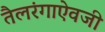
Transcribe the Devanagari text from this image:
तैलरंगाऐवजी